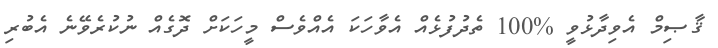
ޤާޞިމް އެވިދާޅުވީ %100 ތެދުފުޅެއް އެވާހަކަ އެއްވެސް މީހަކަށް ދޮގެއް ނުކުރެވޭނެ އެބުރި